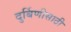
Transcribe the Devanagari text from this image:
दुर्बिणीसाठी